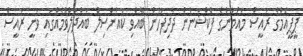
ޕީޕީއެމްގެ ރައީސް މައުމޫންގެ ފެކްޝަނުން ދާދިފަހުން ބޭއްވި ކައުންސިލް ބައްދަލްވުމެއްގައި ވަނީ ރައީސް